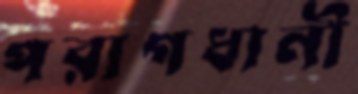
পরাগধানী